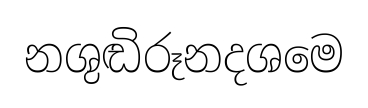
නශුඬිරූනදශමෙ